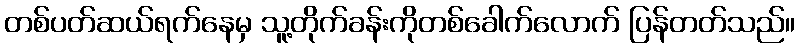
တစ်ပတ်ဆယ်ရက်နေမှ သူ့တိုက်ခန်းကိုတစ်ခေါက်လောက် ပြန်တတ်သည်။